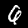
Digit: 6